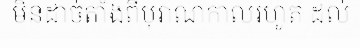
មិនដាច់តាំងពីបុរាណកាលរហូត ដល់